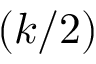
( k / 2 )